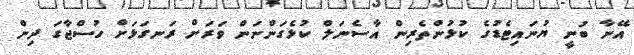
އޭނާ ބުނީ ޔުނައިޓެޑުގެ ކުޅުންތެރިން އާސެނަލް ކުޅެގަންނަން ވަރަށް ރަނގަޅަށް ހުސްޖާގަ ދިން